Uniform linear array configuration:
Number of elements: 4
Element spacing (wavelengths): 0.75
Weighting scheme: cosine
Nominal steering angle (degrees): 45
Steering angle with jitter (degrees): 44.561
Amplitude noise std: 0.05
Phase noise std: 0.05

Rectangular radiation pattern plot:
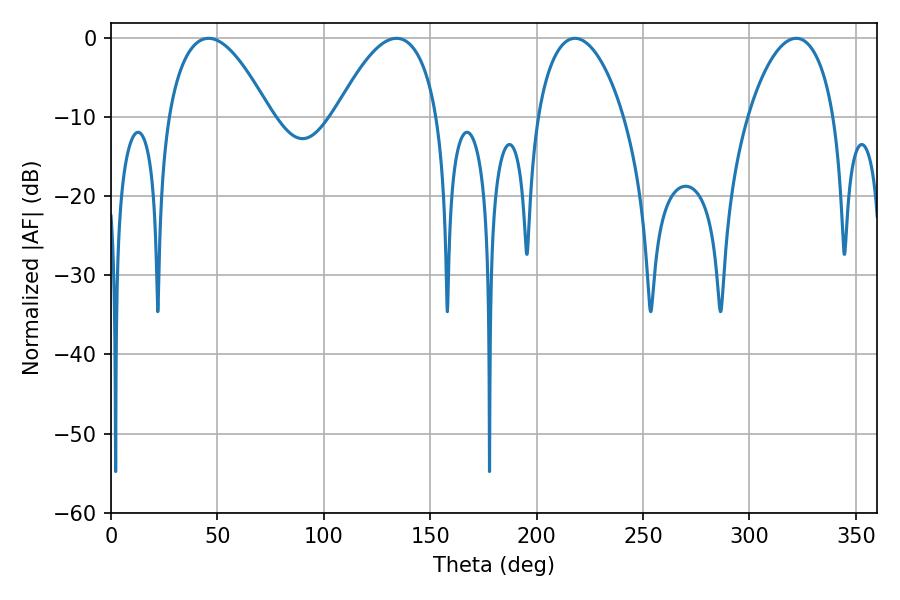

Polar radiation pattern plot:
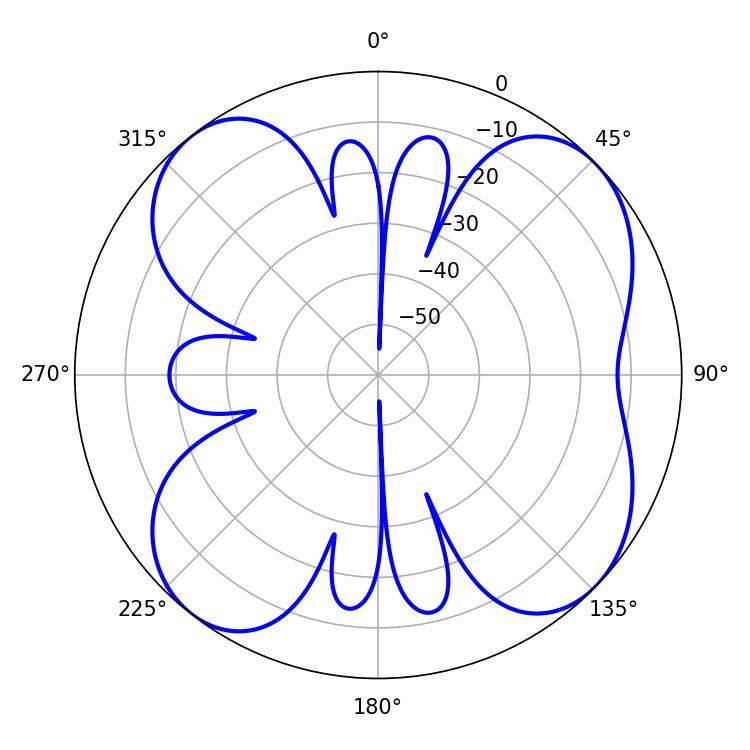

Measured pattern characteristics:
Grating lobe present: TRUE
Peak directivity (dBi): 9.492
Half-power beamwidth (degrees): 22.86
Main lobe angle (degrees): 217.98